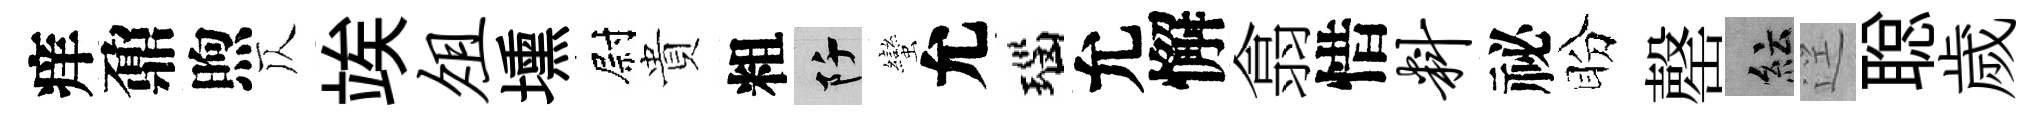
痒鼐煦仄竢俎壎尉貴粗阡蠻允瑙允懈翕惜料祕盼罄紜逕聪歲